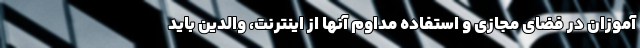
آموزان در فضای مجازی و استفاده مداوم آنها از اینترنت، والدین باید